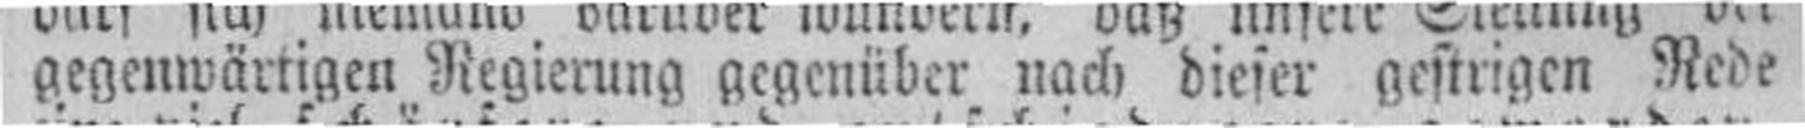
gegenwärtigen Regierung gegenüber nach dieser gestrigen Rede